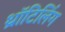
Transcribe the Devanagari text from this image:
थ्रॉटिलिंग